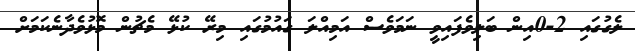
ލެގުގައި 2-0އިން ބަލިވެފައިވީ ނަމަވެސް އަމިއްލަ ގައުމުގައި މިރޭ ކުޅޭ މެޗުން މޮޅުވެދާނެކަމަށް